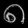
Digit: ၈